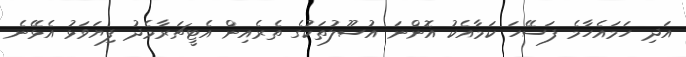
އަދި ހަމައެހާމެ ފަސޭހަ ކަމާއެކު އޮންނަ އުސޫލުތަކުގެ ތެރެއިން އެޓީޗަރާމެދު ފިޔަވަޅު އެޅޭނެ